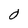
Character: O